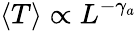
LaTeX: \langle T\rangle\propto L^{-\gamma_{a}}